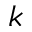
k